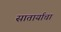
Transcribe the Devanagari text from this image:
सातार्याचा